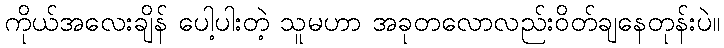
ကိုယ်အလေးချိန် ပေါ့ပါးတဲ့ သူမဟာ အခုတလောလည်းဝိတ်ချနေတုန်းပဲ။